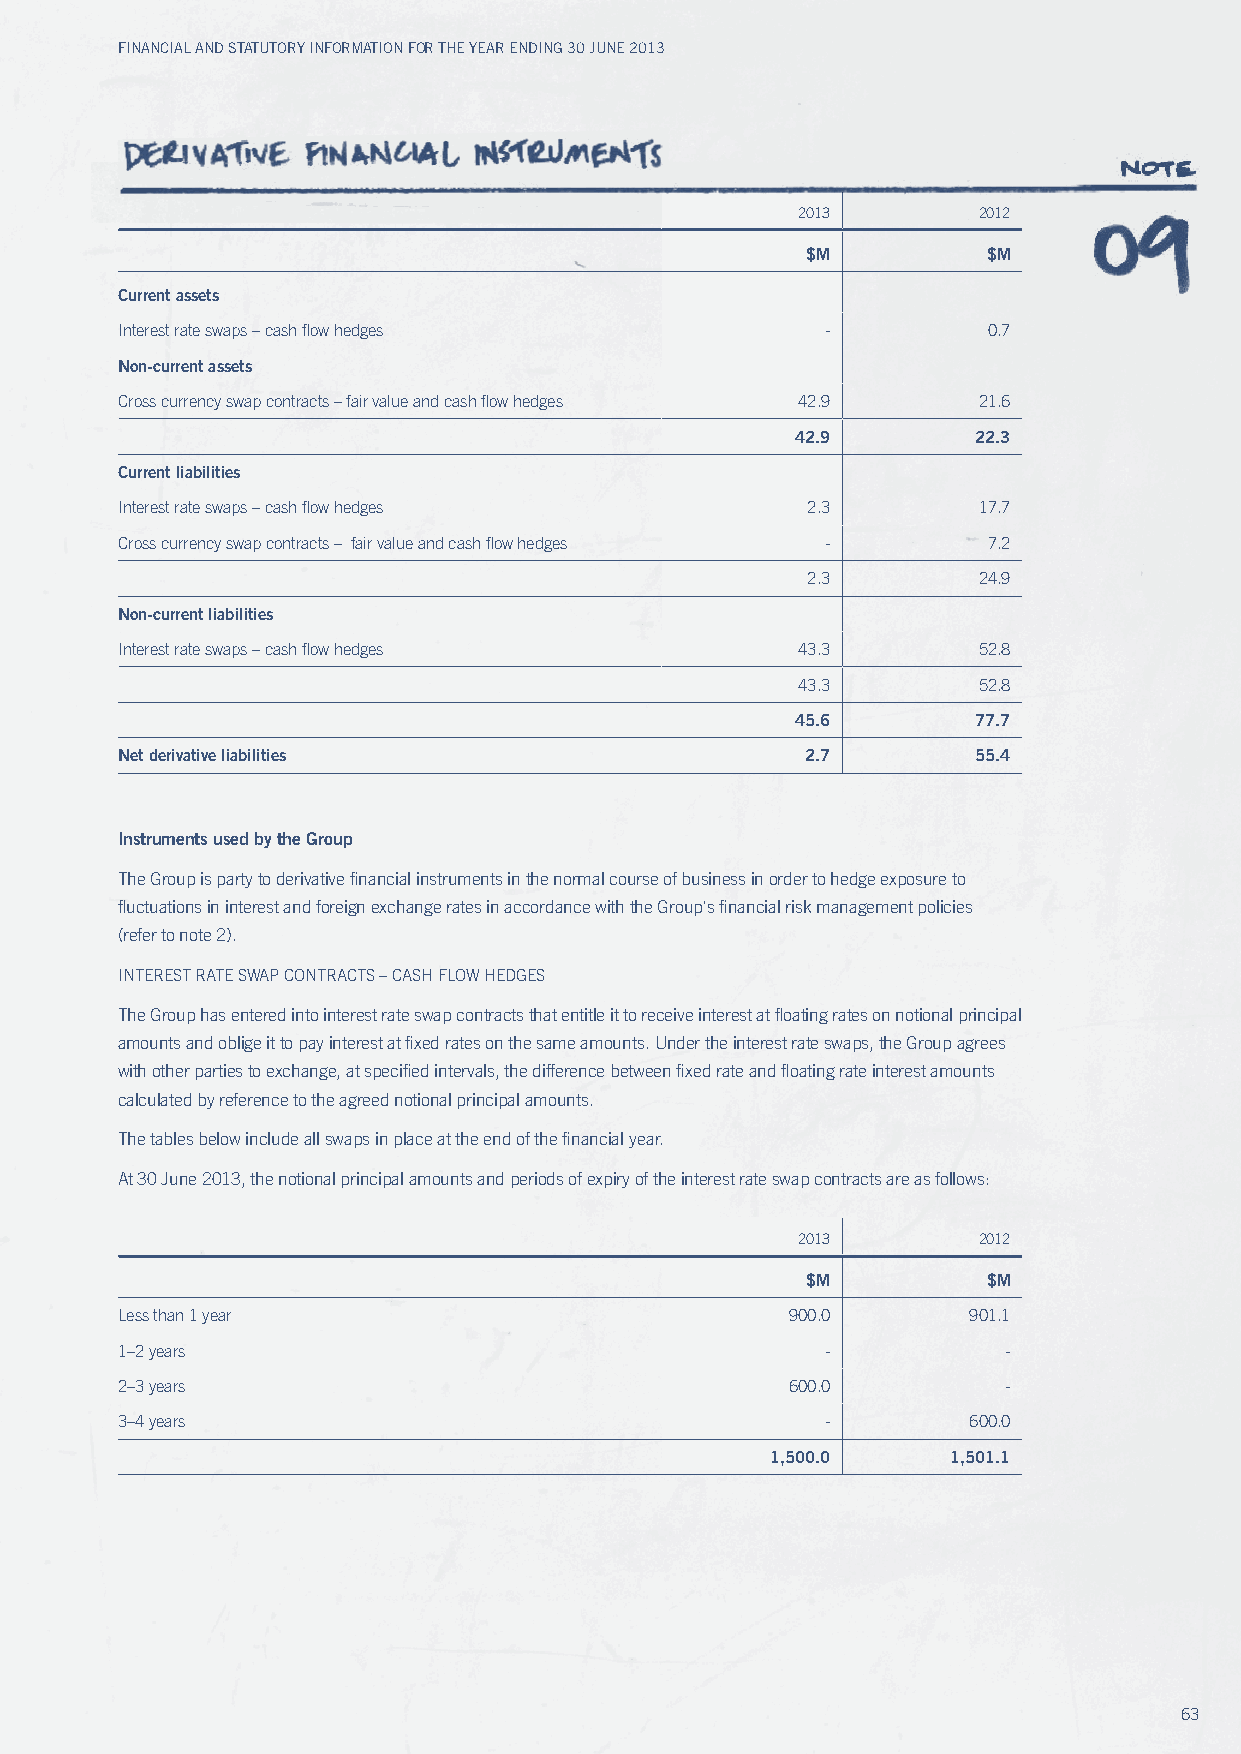
Financial and Statutory inFormation For the year ending 30 June 2013
 2013        2012
 $M          $M
 Current assets
 Interest rate swaps – cash flow hedges         -         0.7
 Non-current assets
 Cross currency swap contracts – fair value and cash flow hedges 42.9 21.6
 42.9        22.3
 Current liabilities
 Interest rate swaps – cash flow hedges       2.3         17.7
 Cross currency swap contracts – fair value and cash flow hedges - 7.2
 2.3         24.9
 Non-current liabilities
 Interest rate swaps – cash flow hedges       43.3        52.8
 43.3        52.8
 45.6        77.7
 Net derivative liabilities                   2.7         55.4
 Instruments used by the Group
 The Group is party to derivative financial instruments in the normal course of business in order to hedge exposure to
 fluctuations in interest and foreign exchange rates in accordance with the Group's financial risk management policies
 (refer to note 2).
 INTEREST RATE SwAP CONTRACTS – CASH FLOw HEDGES
 The Group has entered into interest rate swap contracts that entitle it to receive interest at floating rates on notional principal
 amounts and oblige it to pay interest at fixed rates on the same amounts. under the interest rate swaps, the Group agrees
 with other parties to exchange, at specified intervals, the difference between fixed rate and floating rate interest amounts
 calculated by reference to the agreed notional principal amounts.
 The tables below include all swaps in place at the end of the financial year.
 At 30 June 2013, the notional principal amounts and periods of expiry of the interest rate swap contracts are as follows:
 2013        2012
 $M          $M
 Less than 1 year                            900.0       901.1
 1–2 years                                      -          -
 2–3 years                                   600.0         -
 3–4 years                                      -        600.0
 1,500.0     1,501.1
 63